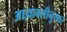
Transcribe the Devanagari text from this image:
आज्ञावलीनुसार